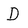
Character: D